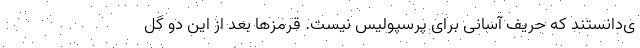
ی‌دانستند که حریف آسانی برای پرسپولیس نیست. قرمزها بعد از این دو گل